Code of medical and sanitary regulations for the guidance of medical officers serving in the Madras Presidency - Volume I
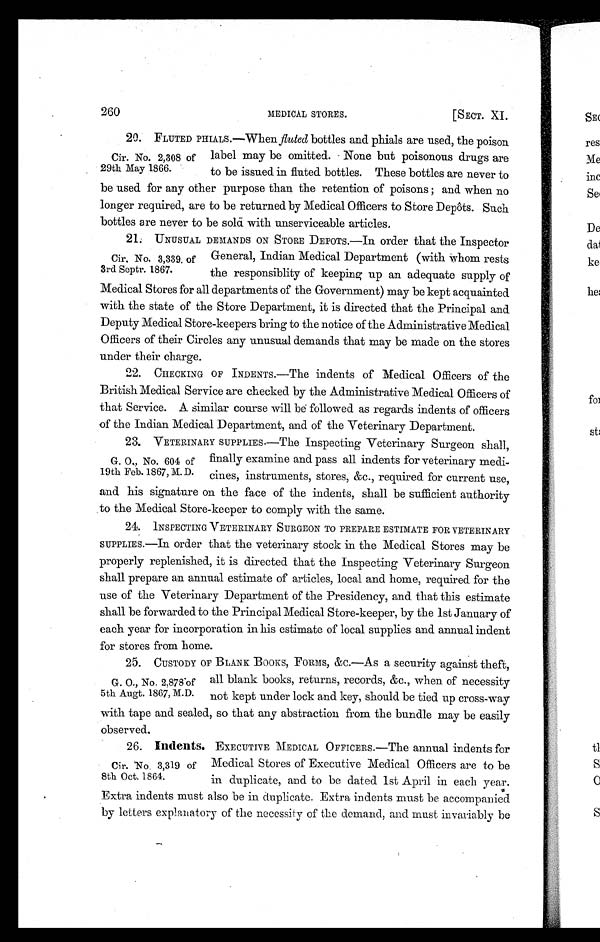
260 MEDICAL STORES. [SECT. XI.
20. FLUTED PHIALS.—When fluted bottles and phials are used, the poison
label may be omitted. None but poisonous drugs are
to be issued in fluted bottles. These bottles are never to
be used for any other purpose than the retention of poisons ; and when no
longer required, are to be returned by Medical Officers to Store Depôts. Such
bottles are never to be sold with unserviceable articles.
21. UNUSUAL DEMANDS ON STORE DEPOTS.—In order that the Inspector
General, Indian Medical Department (with whom rests
the responsiblity of keeping up an adequate supply of
Medical Stores for all departments of the Government) may be kept acquainted
with the state of the Store Department, it is directed that the Principal and
Deputy Medical Store-keepers bring to the notice of the Administrative Medical
Officers of their Circles any unusual demands that may be made on the stores
under their charge.
22. CHECKING OF INDENTS.—The indents of Medical Officers of the
British Medical Service are checked by the Administrative Medical Officers of
that Service. A similar course will be followed as regards indents of officers
of the Indian Medical Department, and of the Veterinary Department.
23. VETERINARY SUPPLIES.—The Inspecting Veterinary Surgeon shall,
finally examine and pass all indents for veterinary medi-
cines, instruments, stores, &c., required for current use,
and his signature on the face of the indents, shall be sufficient authority
to the Medical Store-keeper to comply with the same.
24. INSPECTING VETERINARY SURGEON TO PREPARE ESTIMATE FOR VETERINARY
SUPPLIES.—In order that the veterinary stock in the Medical Stores may be
properly replenished, it is directed that the Inspecting Veterinary Surgeon
shall prepare an annual estimate of articles, local and home, required for the
use of the Veterinary Department of the Presidency, and that this estimate
shall be forwarded to the Principal Medical Store-keeper, by the 1st January of
each year for incorporation in his estimate of local supplies and annual indent
for stores from home.
25. CUSTODY OF BLANK BOOKS, FORMS, &c.—As a security against theft,
all blank books, returns, records, &c., when of necessity
not kept under lock and key, should be tied up cross-way
with tape and. sealed, so that any abstraction from the bundle may be easily
observed.
26. Indents. EXECUTIVE MEDICAL OFFICERS.—The annual indents for
Medical Stores of Executive Medical Officers are to be
in duplicate, and to be dated 1st April in each year.
Extra indents must also be in duplicate. Extra indents must be accompanied
by laters explanatory of the necessity of the demand, and. must invariably be
Cir. No. 2,308 of
29th May 1866.
Cir, No. 3,339. of
3rd Septr. 1867.
G. O., No. 604 of
19th Feb. 1867, M. D.
G. O., No. 2,878 of
5th Augt. 1867, M.D.
Cir. No. 3,319 of
8th Oct. 1864.